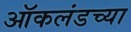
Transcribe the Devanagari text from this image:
ऑकलंडच्या